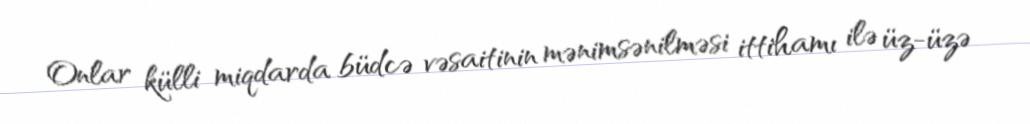
Onlar külli miqdarda büdcə vəsaitinin mənimsənilməsi ittihamı ilə üz-üzə